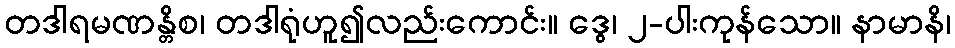
တဒါရမဏန္တိစ၊ တဒါရုံဟူ၍လည်းကောင်း။ ဒွေ၊ ၂-ပါးကုန်သော။ နာမာနိ၊